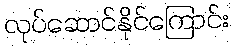
လုပ်ဆောင်နိုင်ကြောင်း